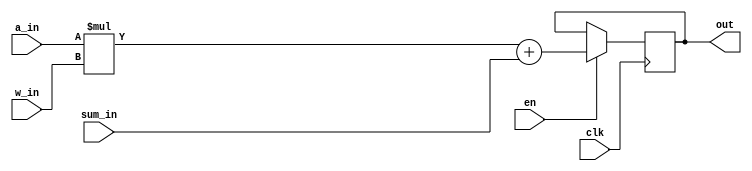
`timescale 1ns / 1ps

module MAC #( parameter IN_BITWIDTH = 16,
			  parameter OUT_BITWIDTH = 32 )
			( input [IN_BITWIDTH-1 : 0] a_in,
			  input [IN_BITWIDTH-1 : 0] w_in,
			  input [IN_BITWIDTH-1 : 0] sum_in,
			  input en, clk,
			  output reg [OUT_BITWIDTH-1 : 0] out
			);
	
	reg [OUT_BITWIDTH-1:0] mult_out;
	
	always@(posedge clk) begin
		if(en) begin
			mult_out = a_in * w_in;
			out <= mult_out + sum_in;
		end
	end
	
endmodule